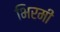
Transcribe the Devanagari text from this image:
भिरमी